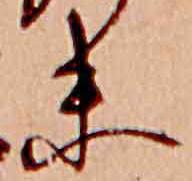
末